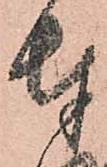
奉